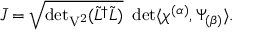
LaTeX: \bar { J } = \sqrt { { \operatorname * { d e t } } _ { \mathrm { V ^ { 2 } } } ( \tilde { L } ^ { \dagger } \tilde { L } ) } \ \operatorname * { d e t } \langle \chi ^ { ( \alpha ) } , \Psi _ { ( \beta ) } \rangle .